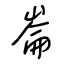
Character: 崙